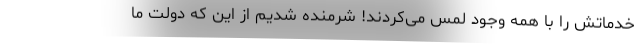
خدماتش را با همه وجود لمس می‌کردند! شرمنده شدیم از این که دولت ما